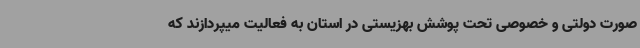
صورت دولتی و خصوصی تحت پوشش بهزیستی در استان به فعالیت میپردازند که